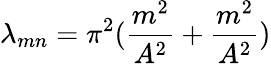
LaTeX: \lambda_{mn}=\pi^{2}({\frac{m^{2}}{A^{2}}}+{\frac{m^{2}}{A^{2}}})